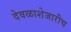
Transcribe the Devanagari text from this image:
देवळाशेजारीच